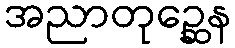
အညာတုဉ္ဆေန